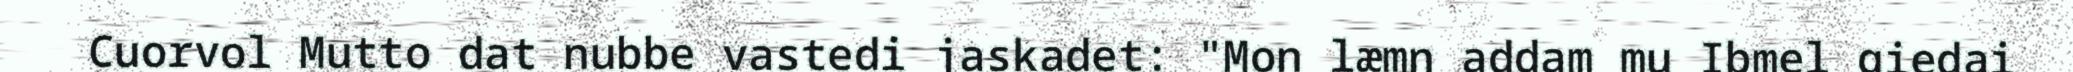
Cuorvol Mutto dat nubbe vastedi jaskadet: "Mon læmn addam mu Ibmel giedai